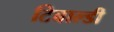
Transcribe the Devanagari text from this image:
टिबाल्डी